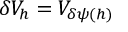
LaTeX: \delta V _ { h } = V _ { \delta \psi ( h ) }